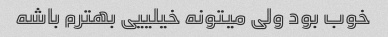
خوب بود ولی میتونه خیلییی بهترم باشه